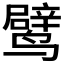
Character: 𬸯